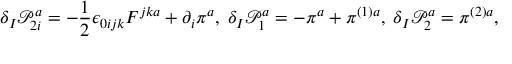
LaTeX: \delta _ { I } \mathcal { P } _ { 2 i } ^ { a } = - \frac { 1 } { 2 } \epsilon _ { 0 i j k } F ^ { j k a } + \partial _ { i } \pi ^ { a } , \; \delta _ { I } \mathcal { P } _ { 1 } ^ { a } = - \pi ^ { a } + \pi ^ { ( 1 ) a } , \; \delta _ { I } \mathcal { P } _ { 2 } ^ { a } = \pi ^ { ( 2 ) a } ,